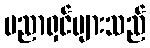
ပညာရှင်များသည်